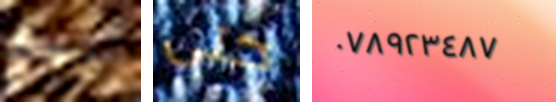
ربع حتى ٠٧٨٩٢٣٤٨٧